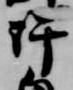
許